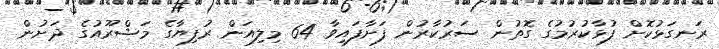
ރަނގަޅުކޮށް ފުޅާކުރުމުގެ ގޮތުން ސަރުކާރުން ފަށާފައިވާ 64 މިލިއަން ރުފިޔާގެ މަޝްރޫއުގެ ދަށުން